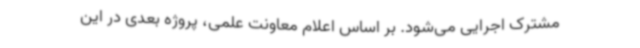
مشترک اجرایی می‌شود. بر اساس اعلام معاونت علمی، پروژه بعدی در این